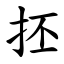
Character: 抷